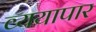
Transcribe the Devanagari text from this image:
व्ययापार